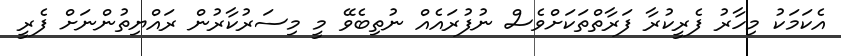
އެކަމަކު މިހާރު ފެރީކުރާ ފަރާތްތަކަށްވެސް ނުފުރައެއް ނުތިބެވޭ މީ މިސަރުކާރުން ރައްޔިތުންނަށް ފެރީ